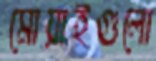
মোয়াইগুলো